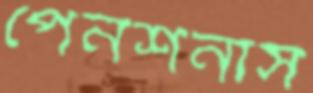
পেনশনার্স